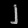
Digit: ၂